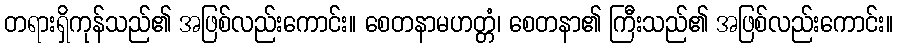
တရားရှိကုန်သည်၏ အဖြစ်လည်းကောင်း။ စေတနာမဟတ္တံ၊ စေတနာ၏ ကြီးသည်၏ အဖြစ်လည်းကောင်း။